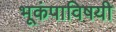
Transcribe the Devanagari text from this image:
भूकंपाविषयी